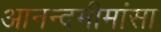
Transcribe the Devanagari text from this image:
आनन्दमीमांसा